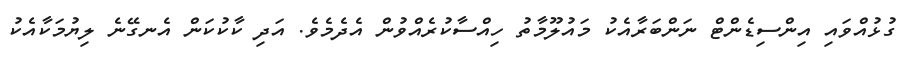
ގުޅުއްވައި އިންސިޑެންޓް ނަންބަރާއެކު މައުލޫމާތު ހިއްސާކުރެއްވުން އެދެމެވެ. އަދި ކާކުކަން އެނގޭނެ ލިޔުމަކާއެކު